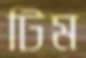
টিম